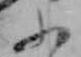
ふ